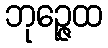
ဘုဉ္ဇေထ